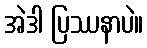
အဲဒါ ပြဿနာပဲ။